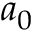
a _ { 0 }